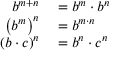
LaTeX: \begin{array} { r l } { b ^ { m + n } } & { { } = b ^ { m } \cdot b ^ { n } } \\ { \left( b ^ { m } \right) ^ { n } } & { { } = b ^ { m \cdot n } } \\ { ( b \cdot c ) ^ { n } } & { { } = b ^ { n } \cdot c ^ { n } } \end{array}